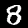
Digit: 8